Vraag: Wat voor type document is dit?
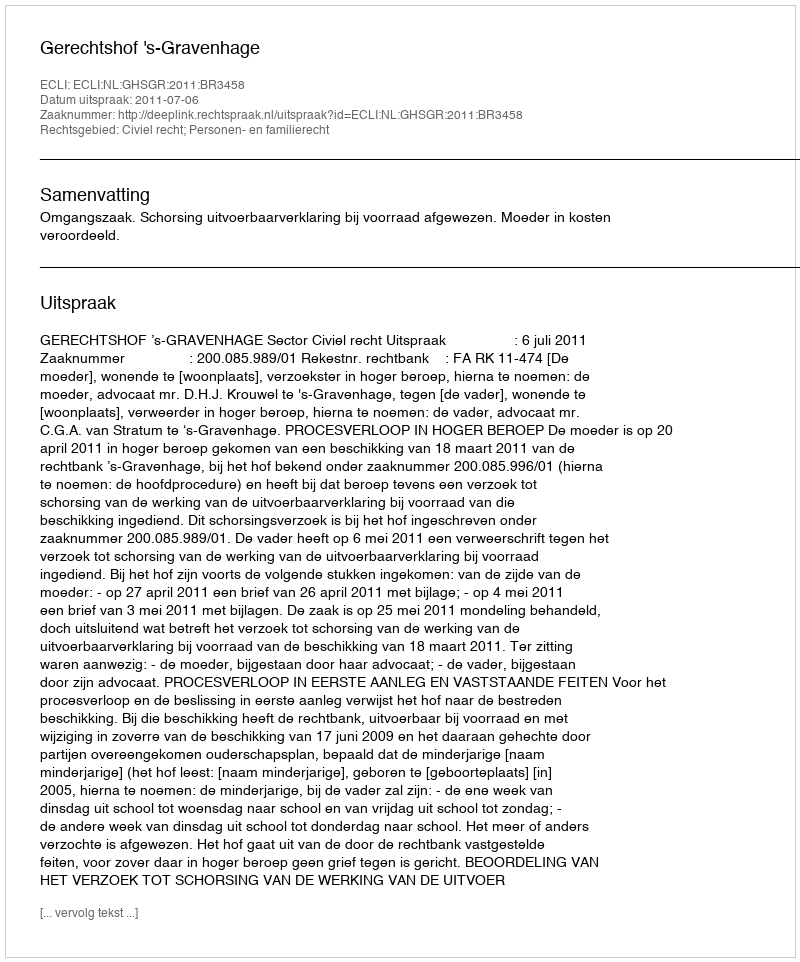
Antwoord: Uitspraak